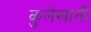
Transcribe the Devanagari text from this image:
कुलेखानी